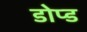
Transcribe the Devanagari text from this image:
डोप्ड